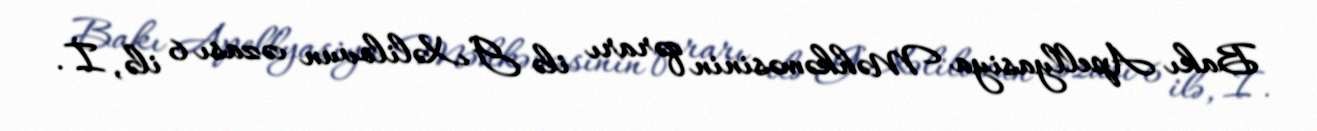
Bakı Apellyasiya Məhkəməsinin qərarı ilə G.Xəlilovun cəzası 6 ilə, İ.